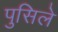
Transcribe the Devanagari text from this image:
पुसिले